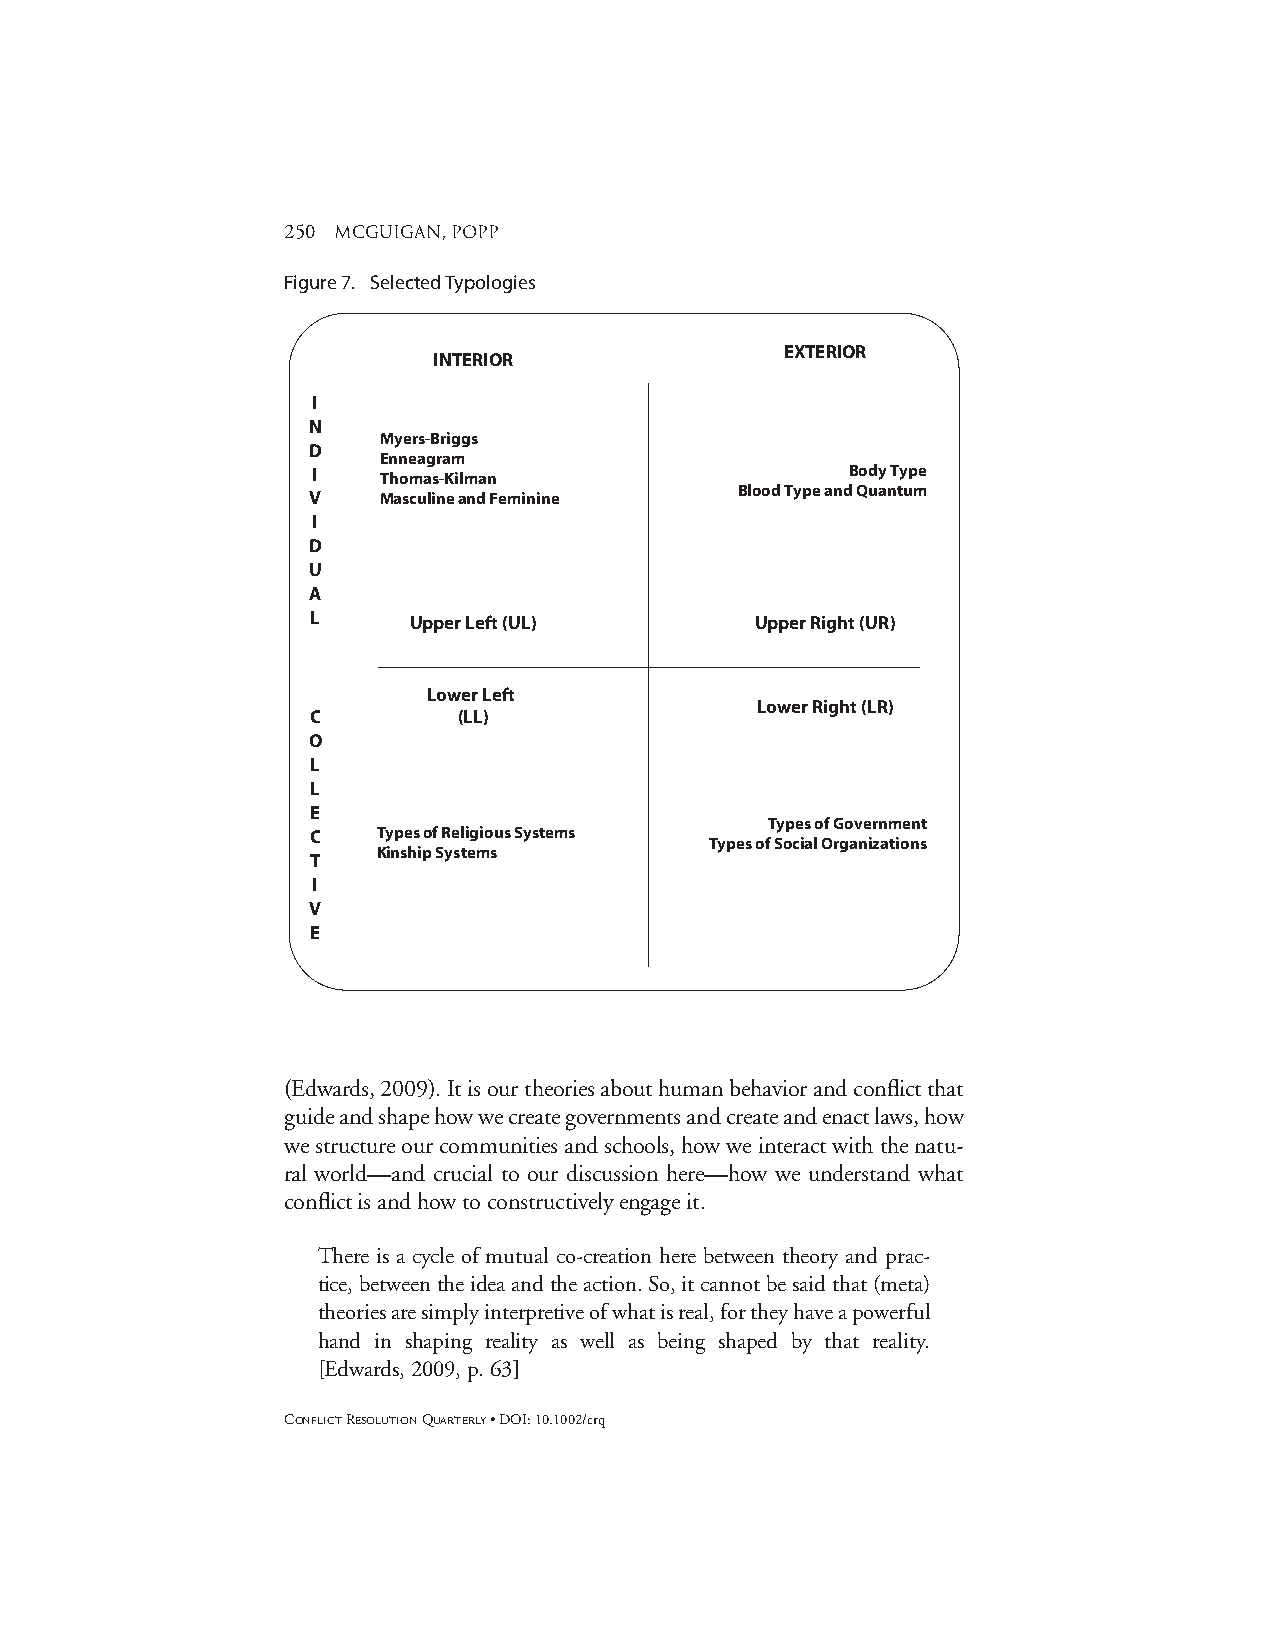
250 mcguigan, popp
 Figure 7. Selected Typologies
 EXTERIOR
 INTERIOR
 I
 N
 Myers-Briggs
 D
 Enneagram
 I                                  Body Type
 Thomas-Kilman
 Blood Type and Quantum
 V    Masculine and Feminine
 I
 D
 U
 A
 L     Upper Left (UL)        Upper Right (UR)
 Lower Left
 Lower Right (LR)
 C        (LL)
 O
 L
 L
 E
 Types of Government
 C   Types of Religious Systems
 Types of Social Organizations
 Kinship Systems
 T
 I
 V
 E
 (Edwards, 2009). It is our theories about human behavior and conflict that
 guide and shape how we create governments and create and enact laws, how
 we structure our communities and schools, how we interact with the natu-
 ral world—and crucial to our discussion here—how we understand what
 conflict is and how to constructively engage it.
 There is a cycle of mutual co-creation here between theory and prac-
 tice, between the idea and the action. So, it cannot be said that (meta)
 theories are simply interpretive of what is real, for they have a powerful
 hand in shaping reality as well as being shaped by that reality.
 [Edwards, 2009, p. 63]
 CONFLICTRESOLUTIONQUARTERLY• DOI: 10.1002/crq